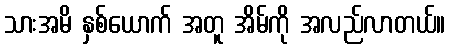
သားအမိ နှစ်ယောက် အတူ အိမ်ကို အလည်လာတယ်။